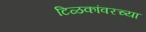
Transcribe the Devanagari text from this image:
टिळकांवरच्या